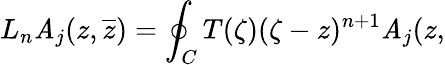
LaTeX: L_{n}\mathit{A}_{j}(z,\overline{{{{z}}}})=\oint_{C}T(\zeta)(\zeta-z)^{n+1}\mathit{A}_{j}(z,